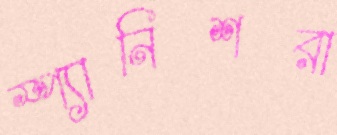
স্প্যানিশরা